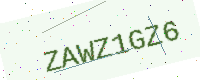
Text: ZAWZ1GZ6